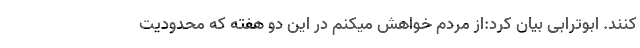
کنند. ابوترابی بیان کرد:از مردم خواهش میکنم در این دو هفته که محدودیت